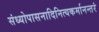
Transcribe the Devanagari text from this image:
संध्योपासनादिनित्यकर्मानन्तरं